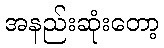
အနည်းဆုံးတော့